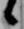
候